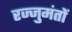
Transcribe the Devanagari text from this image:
रज्जुमंतों